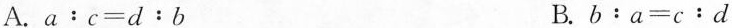
A. $$a：c=d：b$$ B. $$b：a=c﹔d$$